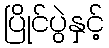
ပြိုင်ပွဲနှင့်